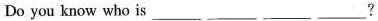
Do you know who is___ ___ ___ ___?